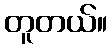
တူတယ်။